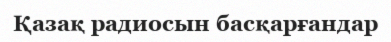
Қазақ радиосын басқарғандар